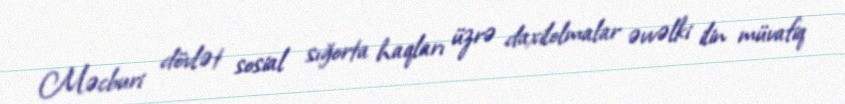
Məcburi dövlət sosial sığorta haqları üzrə daxilolmalar əvvəlki ilin müvafiq